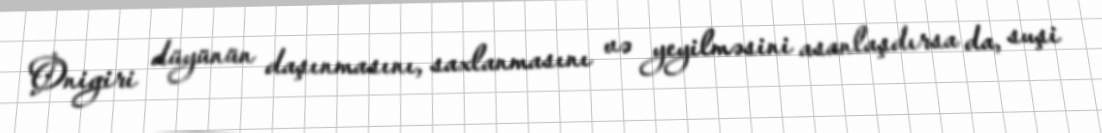
Onigiri düyünün daşınmasını, saxlanmasını və yeyilməsini asanlaşdırsa da, suşi